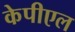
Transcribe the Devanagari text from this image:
केपीएल